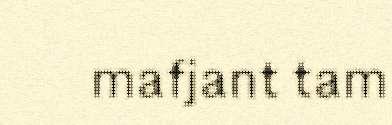
mafjant tam